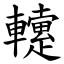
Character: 䡹